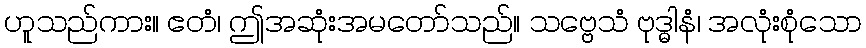
ဟူသည်ကား။ ဧတံ၊ ဤအဆုံးအမတော်သည်။ သဗ္ဗေသံ ဗုဒ္ဓါနံ၊ အလုံးစုံသော